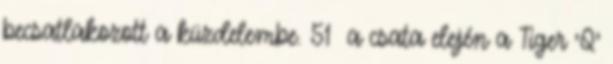
becsatlakozott a küzdelembe. 51 a csata elején a Tiger 'Q'